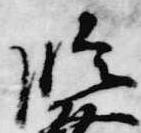
臨